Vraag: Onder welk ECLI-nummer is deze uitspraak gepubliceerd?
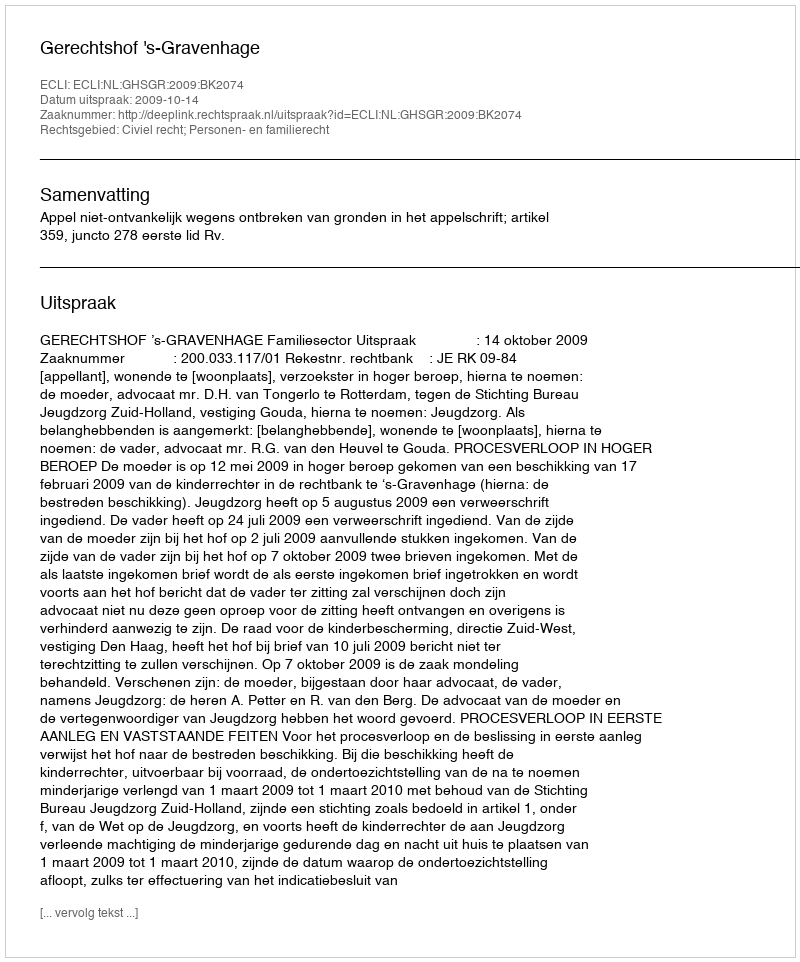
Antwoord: ECLI:NL:GHSGR:2009:BK2074